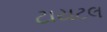
ટાયટલ